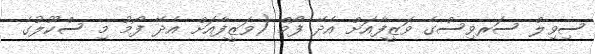
ސިވިލް ސަރވިސްގެ ވަޒީފާއަށް އެދޭ ފޯމް (ވަޒީފާއަށް އެދޭ ފޯމު މި ސްކޫލުގެ